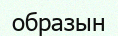
образын